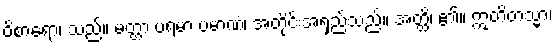
ဝိစာရော၊ သည်။ မတ္တာ ပရမာ ပမာဏံ၊ အတိုင်းအရှည်သည်။ အတ္ထိ၊ ၏။ ဣတိတသ္မာ၊